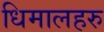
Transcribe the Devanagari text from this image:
धिमालहरु